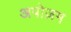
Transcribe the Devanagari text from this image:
अपोज़म